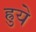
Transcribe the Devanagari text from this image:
ह्रुये